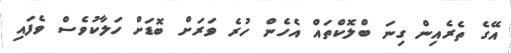
އޭގެ ތެރެއިން ގިނަ ބްލޮކްތައް އެހެން ހުރެ ވަރަށް ބޮޑަށް ހަލާކުވެސް ވެފައި